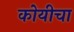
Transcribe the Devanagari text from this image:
कोयीचा